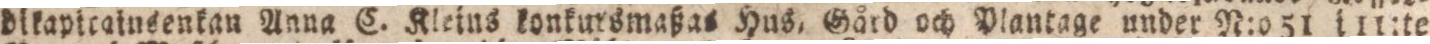
dikapicainsenkan Anna C. Kleins konkursmaßas Hus, Gård och Plantage under N:051 ill:te